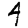
Digit: 4